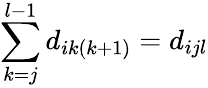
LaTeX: \sum_{k=j}^{l-1}d_{ik(k+1)}=d_{ijl}